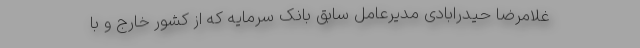
غلامرضا حیدرابادی مدیرعامل سابق بانک سرمایه که از کشور خارج و با